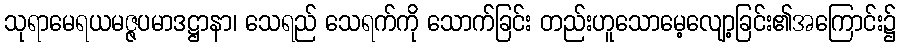
သုရာမေရယမဇ္ဇပမာဒဋ္ဌာနာ၊ သေရည် သေရက်ကို သောက်ခြင်း တည်းဟူသောမေ့လျော့ခြင်း၏အကြောင်း၌